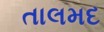
તાલમદ